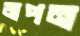
জপন